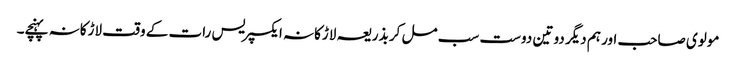
مولوی صاحب اور ہم دیگر دو تین دوست سب مل کر بذریعہ لاڑکانہ ایکسپریس رات کے وقت لاڑکانہ پہنچے۔